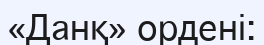
«Данқ» ордені: